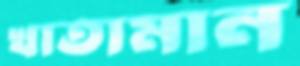
খাতামান